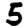
Digit: 5